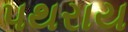
પથરાય